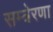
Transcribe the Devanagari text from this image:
सम्त्रेरणा